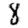
Digit: 8